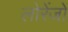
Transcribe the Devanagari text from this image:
लोरेंजों